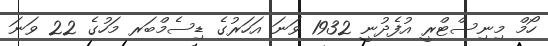
ހޯމް މިނިސްޓްރީ އުފެދުނީ 1932 ވަނަ އަހަރުގެ ޑިސެމްބަރ މަހުގެ 22 ވަަނަ